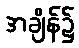
အချိန်၌